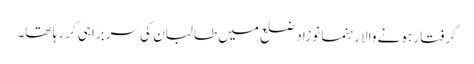
گرفتار ہونے والا رہنما نوزاد ضلع میں طالبان کی سربراہی کر رہا تھا۔